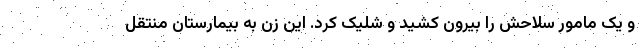
و یک مامور سلاحش را بیرون کشید و شلیک کرد. این زن به بیمارستان منتقل